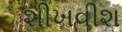
શીખવીશ